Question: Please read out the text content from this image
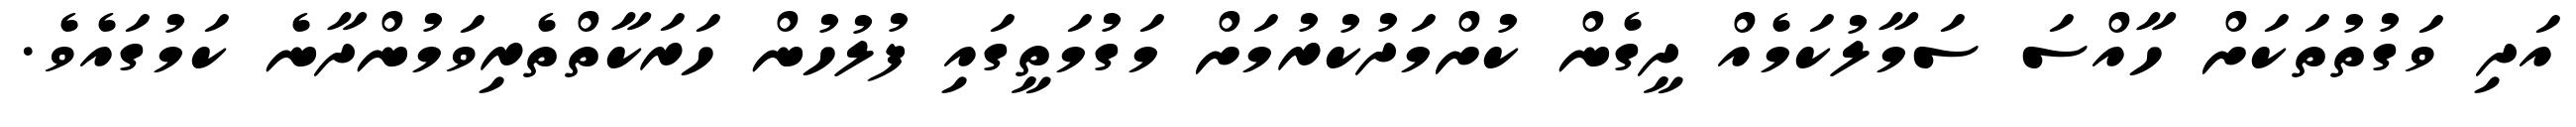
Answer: އަދި ވަގުތުތަކަށް ހާއްސަ ސަމާލުކަމެއް ދީގެން ކުށްމަދުކުރުމަށް މަގުމަތީގައި ފުލުހުން ހަރަކާތްތެރިވަމުންދާނެ ކަމުގައެވެ.